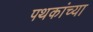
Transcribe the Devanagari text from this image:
पथकांच्या